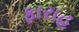
ફારાહ